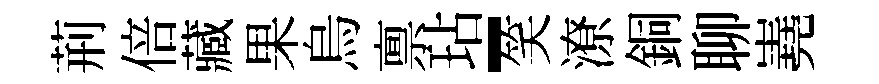
荊倍藏果烏禀玷-笑潦銅聊嶤